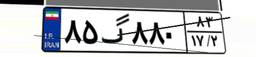
۸۵گ۸۸۰۸۳